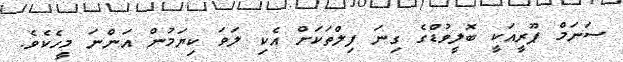
ސަނަމް ޕޫރީއަކީ ބޮލީވުޑްގެ ގިނަ ފިލްތަކަށް އެކި ލަވަ ކިޔަމުން އަންނަ މީހެކެވެ.